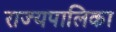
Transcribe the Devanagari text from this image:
राज्यपालिका